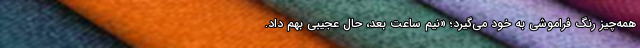
همه‌چیز رنگ فراموشی به خود می‌گیرد؛ «نیم ساعت بعد، حال عجیبی بهم داد.